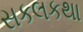
સકલકથા